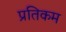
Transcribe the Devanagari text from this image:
प्रतिकम